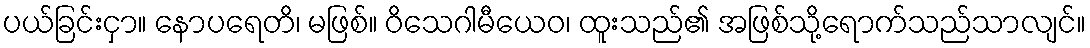
ပယ်ခြင်းငှာ။ နောပရေတိ၊ မဖြစ်။ ဝိသေဂါမီယေဝ၊ ထူးသည်၏ အဖြစ်သို့ရောက်သည်သာလျင်။